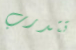
تتدرب